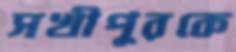
সখীপুরকে